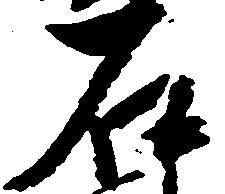
石